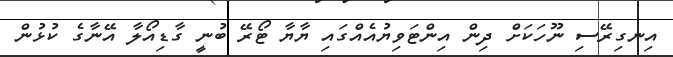
އިނގިރޭސި ނޫހަކަށް ދިން އިންޓަވިޔުއެއްގައި ޔާޔާ ޓޯރޭ ބުނީ ގާޑިއޯލާ އޭނާގެ ކުޅުން